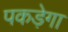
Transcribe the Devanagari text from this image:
पकड़ेगा